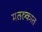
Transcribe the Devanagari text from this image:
मतरुकात